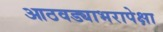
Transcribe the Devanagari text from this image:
आठवड्याभरापेक्षा